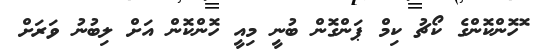
ޮހޮންކޮންގެ ކޯޗު ކިމް ޕަންގޮން ބުނީ މިއީ ހޮންކޮން އަށް ލިބުނު ވަރަށް